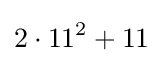
2\cdot 11^{2}+11